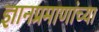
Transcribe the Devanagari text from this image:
ज्ञानप्रमाणांच्या